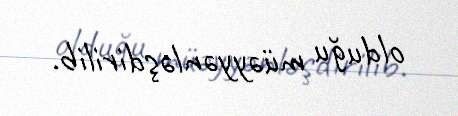
olduğu müəyyənləşdirilib.